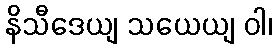
နိသီဒေယျ သယေယျ ဝါ၊